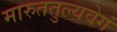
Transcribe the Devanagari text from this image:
मारुततुल्यवेगं